Civil Veterinary Dept. North-West Frontier Province 1933-46 - 1933-1946
Year: 1933
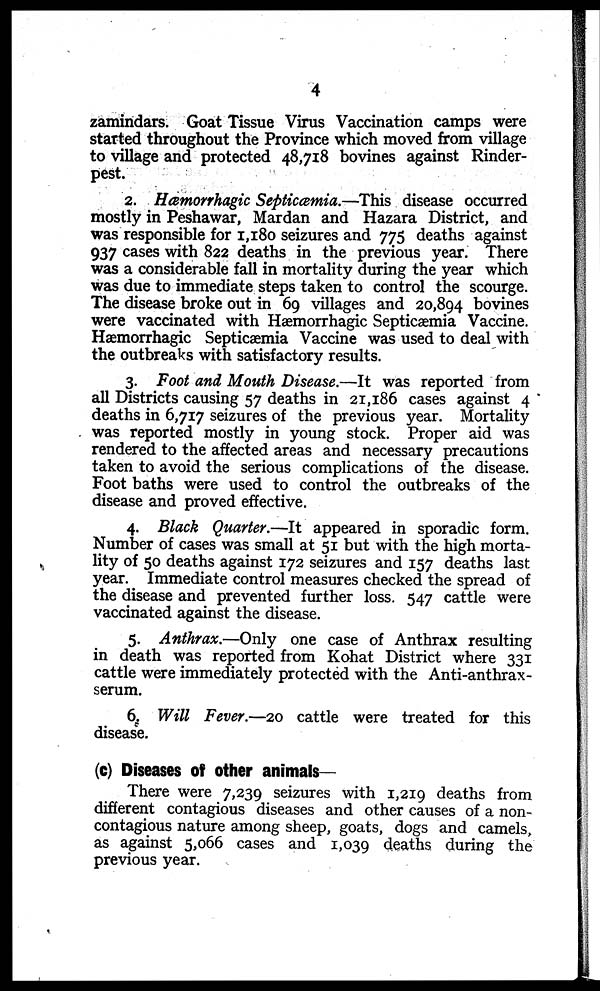
4
zamindars. Goat Tissue Virus Vaccination camps were
started throughout the Province which moved from village
to village and protected 48,718 bovines against Rinder-
pest.
2. Hæmorrhagic Septicæmia.—This disease occurred
mostly in Peshawar, Mardan and Hazara District, and
was responsible for 1,180 seizures and 775 deaths against
937 cases with 822 deaths in the previous year. There
was a considerable fall in mortality during the year which
was due to immediate steps taken to control the scourge.
The disease broke out in 69 villages and 20,894 bovines
were vaccinated with Hæmorrhagic Septicæmia Vaccine.
Hæmorrhagic Septicæmia Vaccine was used to deal with
the outbreaks with satisfactory results.
3. Foot and Mouth Disease.—It was reported from
all Districts causing 57 deaths in 21,186 cases against 4
deaths in 6,717 seizures of the previous year. Mortality
was reported mostly in young stock. Proper aid was
rendered to the affected areas and necessary precautions
taken to avoid the serious complications of the disease.
Foot baths were used to control the outbreaks of the
disease and proved effective.
4. Black Quarter.—It appeared in sporadic form.
Number of cases was small at 51 but with the high morta-
lity of 50 deaths against 172 seizures and 157 deaths last
year. Immediate control measures checked the spread of
the disease and prevented further loss. 547 cattle were
vaccinated against the disease.
5. Anthrax.—Only one case of Anthrax resulting
in death was reported from Kohat District where 331
cattle were immediately protected with the Anti-anthrax-
serum.
6. Will Fever.—20 cattle were treated for this
disease.
(c) Diseases of other animals-
There were 7,239 seizures with 1,219 deaths from
different contagious diseases and other causes of a non-
contagious nature among sheep, goats, dogs and camels,
as against 5,066 cases and 1,039 deaths during the
previous year.